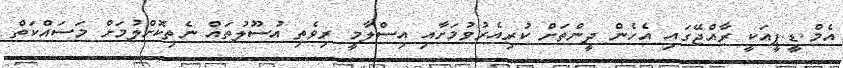
އެމް.ޑީ.ޕީއަކީ ރާއްޖޭގައި އެހެން ދީންތަށް ކުރިއެރުވުމަށާއި އިސްލާމީ ރިވެތި އުސޫލުތައް ނެތިކޮށްލުމަށް މަސައްކަތް